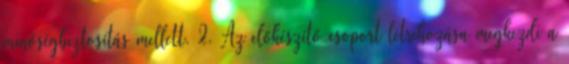
minőségbiztosítás mellett. 2. Az előkészítő csoport létrehozása megkezdi a